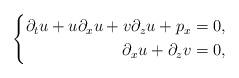
LaTeX: \begin{align*}\left \{ \begin{aligned}\partial_t u + u \partial_x u + v \partial_z u + p_x &=0,\\\partial_x u + \partial_z v &=0,\end{aligned}\right.\end{align*}